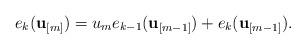
LaTeX: \begin{align*}e_k(\mathbf{u}_{[m]}) =u_{m} e_{k-1}(\mathbf{u}_{[m-1]})+e_k(\mathbf{u}_{[m-1]}).\end{align*}